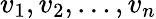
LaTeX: v_{1},v_{2},\ldots,v_{n}